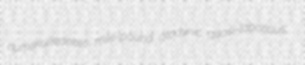
numskulledness mile-pound otodynic quasi-laborious